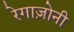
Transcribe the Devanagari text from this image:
रेगाज़ोनी